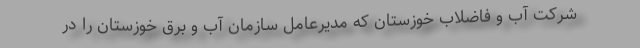
شركت آب و فاضلاب خوزستان كه مديرعامل سازمان آب و برق خوزستان را در